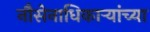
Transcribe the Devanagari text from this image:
नौसेनाधिकाऱ्यांच्या